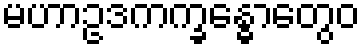
မဟာဥဒကက္ခန္ဓောတွေဝ